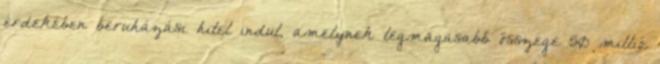
érdekében beruházási hitel indul, amelynek legmagasabb összege 50 millió